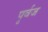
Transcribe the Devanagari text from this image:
पृर्वज